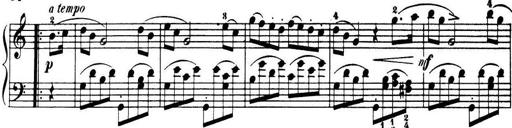
Title: 32 Sonatinas and Rondos for the Piano
Composer: Richard Kleinmichel